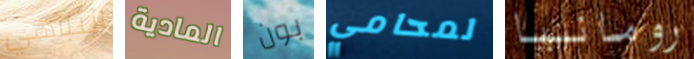
انتباهي المادية بون لمحامي رومانيا